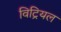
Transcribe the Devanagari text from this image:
विट्रियल